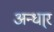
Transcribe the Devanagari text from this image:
अन्धा्र